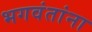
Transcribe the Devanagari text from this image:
भगवंतांना